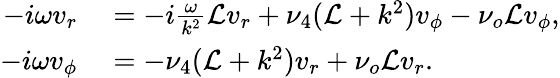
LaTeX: \begin{array}{rl}{-i\omega v_{r}}&{{}=-i\frac{\omega}{k^{2}}\mathcal{L}v_{r}+\nu_{4}(\mathcal{L}+k^{2})v_{\phi}-\nu_{o}\mathcal{L}v_{\phi},}\\ {-i\omega v_{\phi}}&{{}=-\nu_{4}(\mathcal{L}+k^{2})v_{r}+\nu_{o}\mathcal{L}v_{r}.}\end{array}